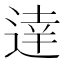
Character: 逹